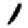
Digit: 1